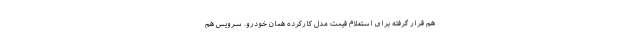
هم قرار گرفته برای استعلام قیمت مدل کارکرده همان خودرو. سرویس هم